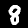
Label: 8